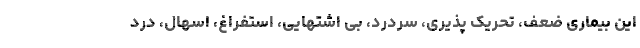
این بیماری ضعف، تحریک پذیری، سردرد، بی اشتهایی، استفراغ، اسهال، درد